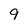
Character: 9